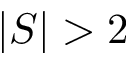
| S | > 2